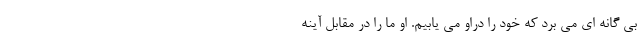
بی گانه ای می برد که خود را دراو می یابیم. او ما را در مقابل آینه